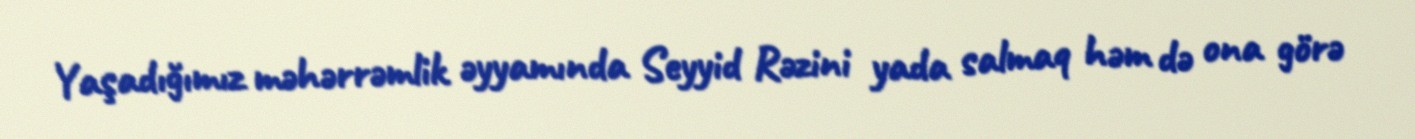
Yaşadığımız məhərrəmlik əyyamında Seyyid Rəzini yada salmaq həm də ona görə